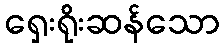
ရှေးရိုးဆန်သော